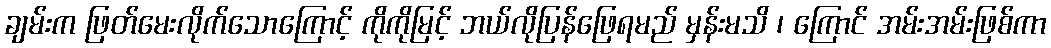
ချမ်းက ဖြတ်မေးလိုက်သောကြောင့် ကိုကိုမြင့် ဘယ်လိုပြန်ဖြေရမည် မှန်းမသိ ၊ ကြောင် အမ်းအမ်းဖြစ်ကာ